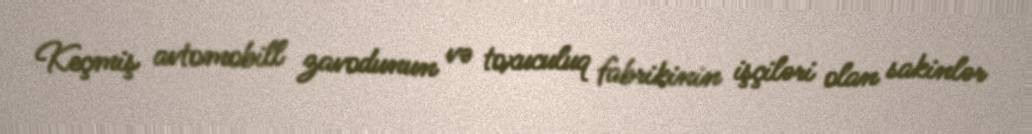
Keçmiş avtomobill zavodunun və toxuculuq fabrikinin işçiləri olan sakinlər